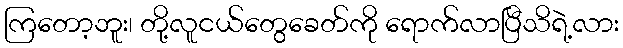
ကြတော့ဘူး၊ တို့လူငယ်တွေခေတ်ကို ရောက်လာပြီသိရဲ့လား